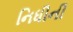
નિધીની